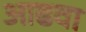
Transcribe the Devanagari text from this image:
आढवा